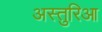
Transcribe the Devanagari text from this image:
अस्तुरिआ